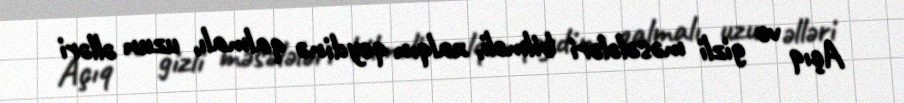
Açıq və gizli məsələləri bilməli, xalqın qeydinə qalmalı, uzun əlləri